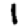
Digit: 1